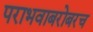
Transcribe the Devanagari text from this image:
पराभवाबरोबरच